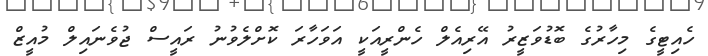
ހެއިޓީގެ މިހާރުގެ ބޮޑުވަޒީރު އޭރިއެލް ހެންރީއަކީ އަވަހާރަ ކޮށްލެވުނު ރައީސް ޖުވެނައިލް މުއީޒް